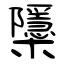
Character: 櫽